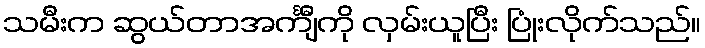
သမီးက ဆွယ်တာအင်္ကျီကို လှမ်းယူပြီး ပြုံးလိုက်သည်။